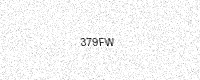
Text: 379FW